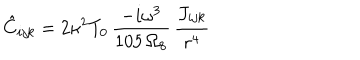
\hat { C } _ { i j k } = 2 \kappa ^ { 2 } T _ { 0 } \, \frac { - i \omega ^ { 3 } } { 1 0 5 \, \Omega _ { 8 } } \, \frac { J _ { i j k } } { r ^ { 4 } }